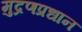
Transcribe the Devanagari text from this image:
मुद्रणप्रधान